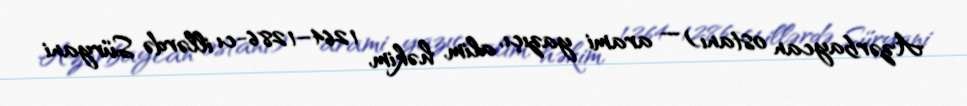
Azərbaycan ostanı) — arami yazıçı, alim, həkim, 1264–1286-cı illərdə Süryani